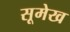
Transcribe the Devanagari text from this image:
सूमेख